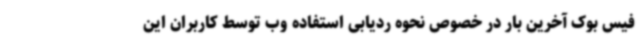
فیس بوک آخرین بار در خصوص نحوه ردیابی استفاده وب توسط کاربران این